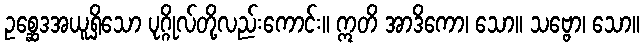
ဥစ္ဆေဒအယူရှိသော ပုဂ္ဂိုလ်တို့လည်းကောင်း။ ဣတိ အာဒိကော၊ သော။ သဗ္ဗော၊ သော။